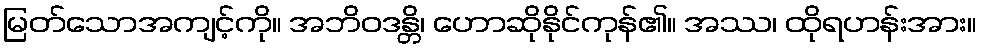
မြတ်သောအကျင့်ကို။ အဘိဝဒန္တိ၊ ဟောဆိုနိုင်ကုန်၏။ အဿ၊ ထိုရဟန်းအား။